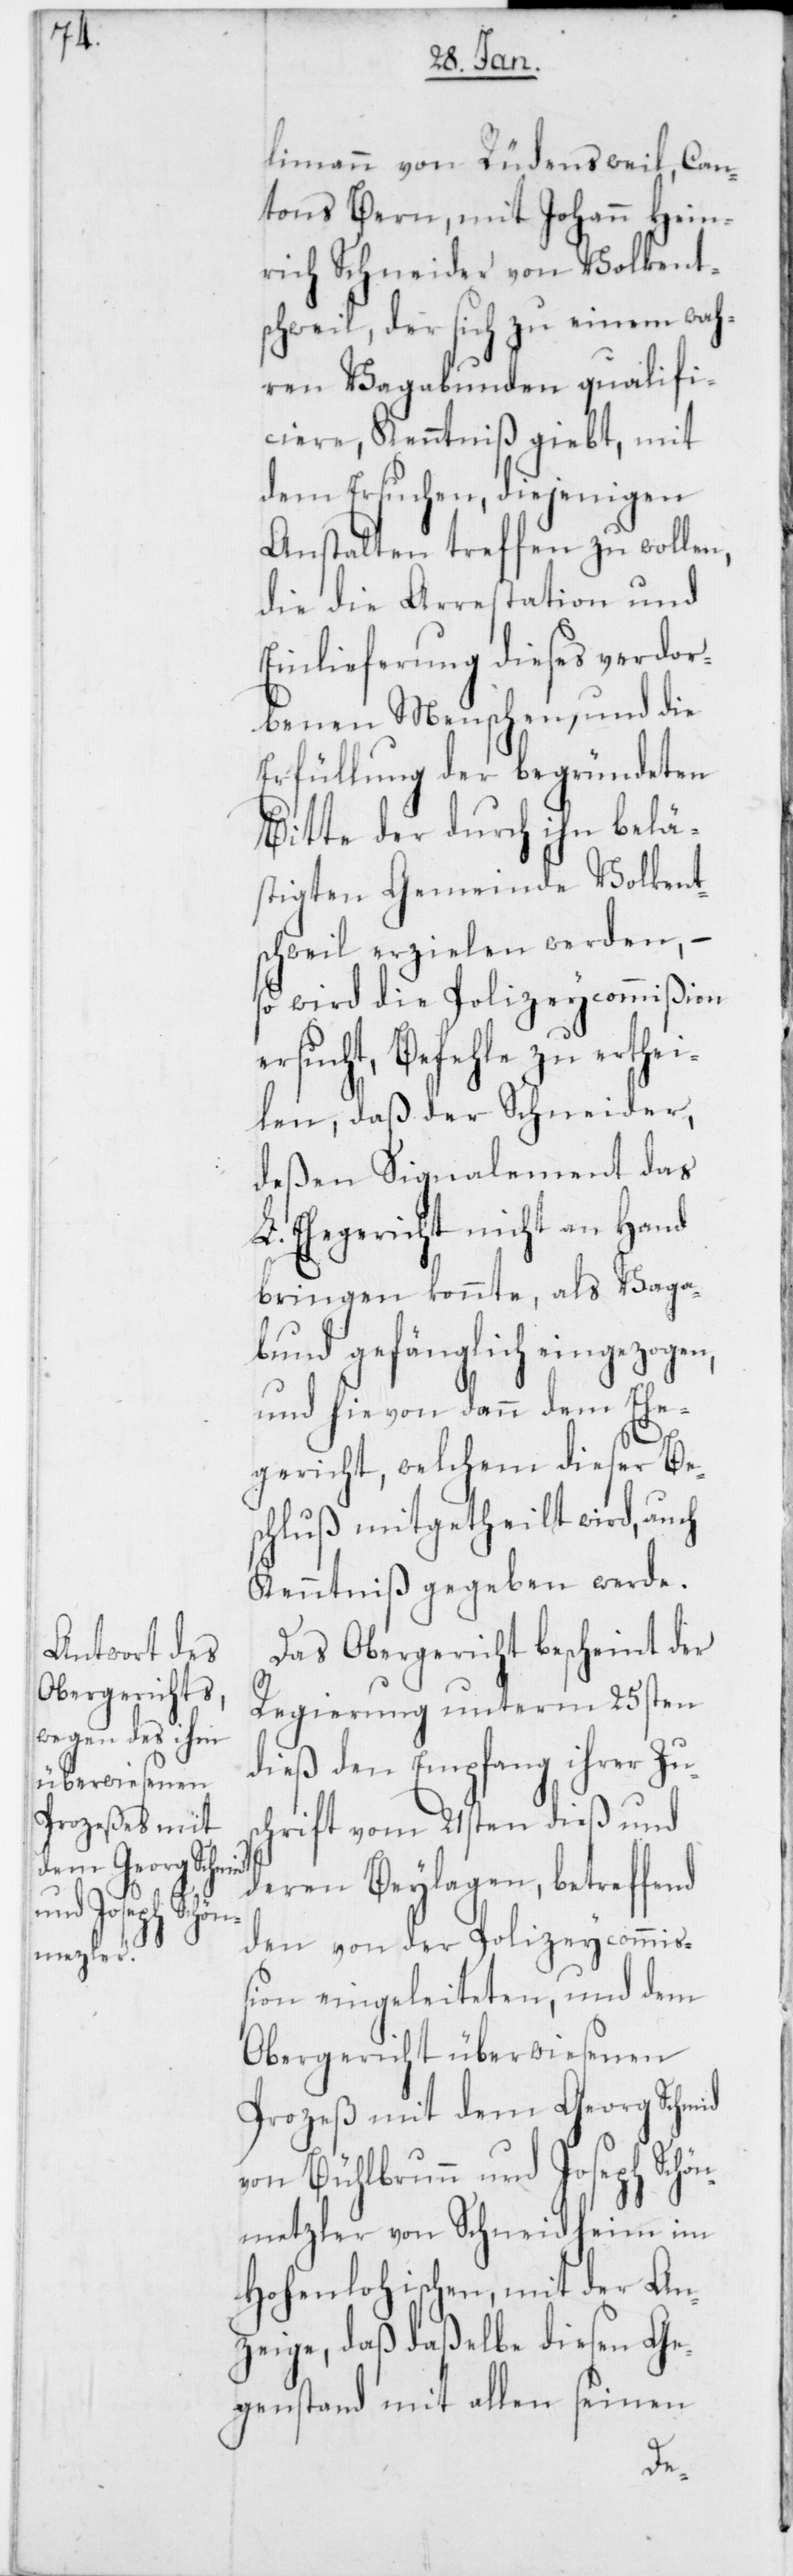
limann von Rüdensweil, Can¬
tons Bern; mit Johann Hein¬
rich Schneider von Volkent¬
schweil, der sich zu einem wah¬
ren Vagabunden qualifi¬
ciere, Kenntniß giebt, mit
dem Ersuchen, diejenigen
Anstalten treffen zu wollen,
die die Arrestation und
Einlieferung dieses verdor¬
benen Menschen, und die
Erfüllung der begründeten
Bitte der durch ihn belä¬
stigten Gemeinde Volkent¬
schweil erzielen werden, –
so wird die Polizeycommißion
ersucht, Befehle zu erthei¬
len, daß der Schneider,
deßen Signalement das
L. Ehegericht nicht an Hand
bringen konnte, als Vaga¬
bund gefänglich eingezogen,
und hievon dann dem Ehe¬
gericht, welchem dieser Be¬
schluß mitgetheilt wird, auch
Kenntniß gegeben werde.
Das Obergericht bescheint der
Regierung unterm 25sten
dieß den Empfang ihrer Zus¬
chrift vom 21sten dieß und
deren Beylagen, betreffend
den von der Polizeycommiß¬
ion eingeleiteten, und dem
Obergericht überwiesenen
Prozeß mit dem Georg Schmid
von Bühlbrunn, und Joseph Schön¬
metzler von Schneidheim im
Hohenlohischen, mit der An¬
zeige, daß daßelbe diesen Ge¬
genstand mit allen seinen